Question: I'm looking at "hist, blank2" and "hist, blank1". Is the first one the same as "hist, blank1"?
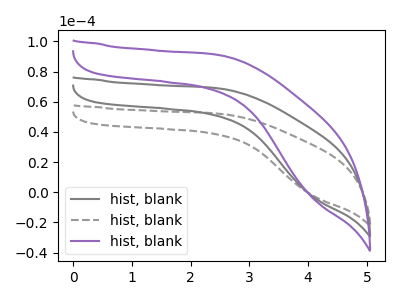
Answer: <think>The gray curve "hist, blank1" has no peaks. The gray dashed curve "hist, blank2" has no peaks. The purple curve "hist, blank3" has no peaks.
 Neither "hist, blank2" or "hist, blank1" have any peaks.</think>
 <answer>"hist, blank2" and "hist, blank1" are similar in shape.</answer>
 <eval>same_shape</eval>